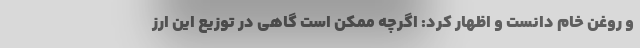
و روغن خام دانست و اظهار کرد: اگرچه ممکن است گاهی در توزیع این ارز